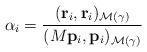
LaTeX: \begin{align*}\alpha_{i}=\frac{({\bf r}_{i}, {\bf r}_{i})_{\mathcal{M}(\gamma)}}{(M{\bf p}_{i},{\bf p}_{i})_{\mathcal{M}(\gamma)}}\end{align*}